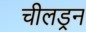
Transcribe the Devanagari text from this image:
चीलड्रन